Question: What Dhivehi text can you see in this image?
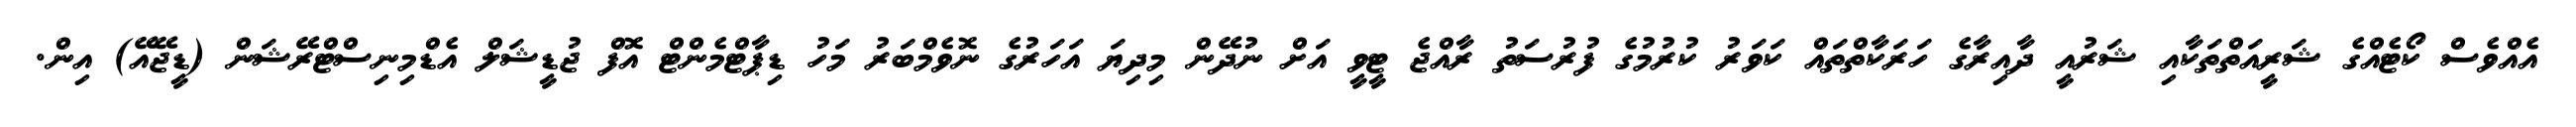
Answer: އެއްވެސް ކޯޓެއްގެ ޝަރީއަތްތަކާއި ޝަރުއީ ދާއިރާގެ ހަރަކާތްތައް ކަވަރު ކުރުމުގެ ފުރުސަތު ރާއްޖެ ޓީވީ އަށް ނުދޭން މިދިޔަ އަހަރުގެ ނޮވެމްބަރު މަހު ޑިޕާޓްމެންޓް އޮފް ޖުޑީޝަލް އެޑްމިނިސްޓްރޭޝަން (ޑީޖޭއޭ) އިން.